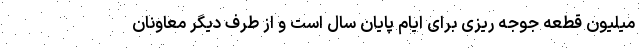
میلیون قطعه جوجه ریزی برای ایام پایان سال است و از طرف دیگر معاونان